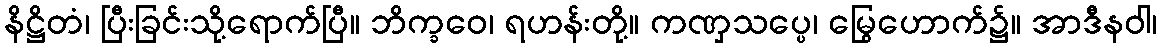
နိဋ္ဌိတံ၊ ပြီးခြင်းသို့ရောက်ပြီ။ ဘိက္ခဝေ၊ ရဟန်းတို့။ ကဏှသပ္ပေ၊ မြွေဟောက်၌။ အာဒီနဝါ၊